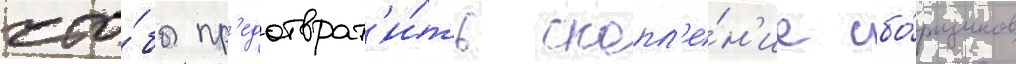
что́бы пр'едотврат'и́ть скопл'е́н'ие сбо́рщиков